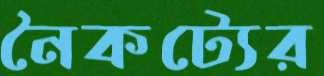
নৈকট্যের